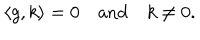
LaTeX: \langle g , k \rangle = 0 \quad \mathrm { a n d } \quad k \not = 0 .